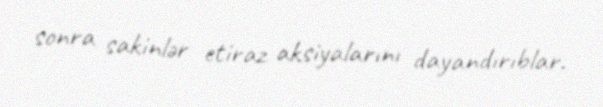
sonra sakinlər etiraz aksiyalarını dayandırıblar.